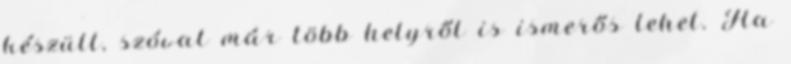
készült, szóval már több helyről is ismerős lehet. Ha